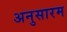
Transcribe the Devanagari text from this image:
अनुसारम